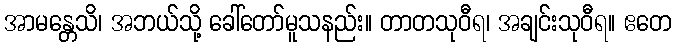
အာမန္တေသိ၊ အဘယ်သို့ ခေါ်တော်မူသနည်း။ တာတသုဝီရ၊ အချင်းသုဝီရ။ ဧတေ